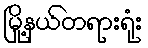
မြို့နယ်တရားရုံး